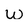
Character: w